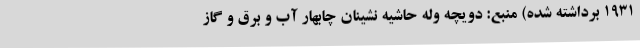
۱۹۳۱ برداشته شده) منبع: دویچه وله حاشیه نشینان چابهار آب و برق و گاز